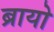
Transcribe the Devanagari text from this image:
ब्रायो